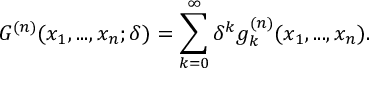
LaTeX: G ^ { ( n ) } ( x _ { 1 } , . . . , x _ { n } ; \delta ) = \sum _ { k = 0 } ^ { \infty } \delta ^ { k } g _ { k } ^ { ( n ) } ( x _ { 1 } , . . . , x _ { n } ) .